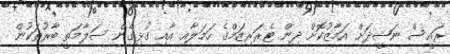
ރައީސް ނަޝީދަށް އަމާޒުކޮށް ދިން ޓެރަރިޒަމްގެ ހަމަލާއި އާއި ގުޅިގެން ސަލާމަތީ ބާރުތަކުން